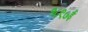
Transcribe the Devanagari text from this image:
१८९७ई